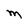
Character: M